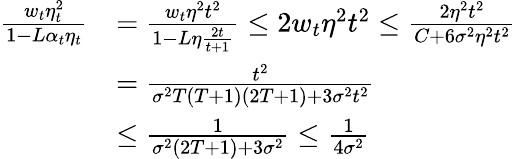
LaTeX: \begin{array}{rl}{\frac{w_{t}\eta_{t}^{2}}{1-L\alpha_{t}\eta_{t}}}&{=\frac{w_{t}\eta^{2}t^{2}}{1-L\eta\frac{2t}{t+1}}\leq 2w_{t}\eta^{2}t^{2}\leq\frac{2\eta^{2}t^{2}}{C+6\sigma^{2}\eta^{2}t^{2}}}\\ &{=\frac{t^{2}}{\sigma^{2}T\left(T+1\right)\left(2T+1\right)+3\sigma^{2}t^{2}}}\\ &{\leq\frac{1}{\sigma^{2}\left(2T+1\right)+3\sigma^{2}}\leq\frac{1}{4\sigma^{2}}}\end{array}